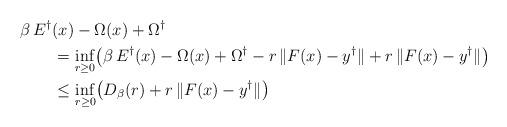
LaTeX: \begin{align*}\lefteqn{\beta\,E^\dagger(x)-\Omega(x)+\Omega^\dagger}\\&\qquad=\inf_{r\geq 0}\bigl(\beta\,E^\dagger(x)-\Omega(x)+\Omega^\dagger-r\,\|F(x)-y^\dagger\|+r\,\|F(x)-y^\dagger\|\bigr)\\&\qquad\leq\inf_{r\geq 0}\bigl(D_\beta(r)+r\,\|F(x)-y^\dagger\|\bigr)\end{align*}